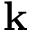
{ \bf k }